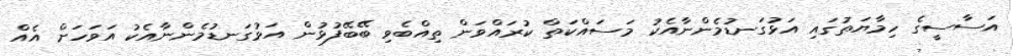
އަސާސީގެ ހިމާޔަތުގައި އަޅުގަނޑުމެންނާއެކު މަސައްކަތް ކުރައްވަން ތިއްބެވި ބޭބޭފުޅުން އަޅުގަނޑުމެންނާއެކު އަވަހަށް އެއް